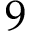
9